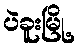
ပဲခူးမြို့